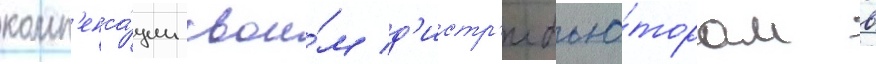
комп'енса́ции свои́м д'истр'ибью́торам в